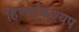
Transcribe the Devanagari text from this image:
हिर्ण्याकश्यप